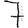
Digit: 7